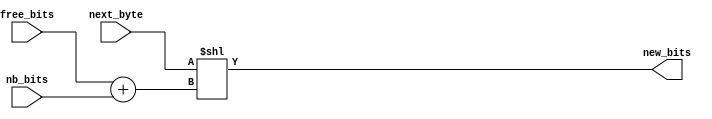
module dec_new_bits_evaluator(
    input [7:0] next_byte,
    input [2:0] free_bits,
    input [NB_BITS_WIDTH-1:0] nb_bits,
    output [15:0] new_bits
    );
    
    parameter NB_BITS_WIDTH = 2;
    
    //free_bits are always between 0 and 7
    assign new_bits = next_byte << (free_bits + nb_bits);
        
endmodule